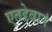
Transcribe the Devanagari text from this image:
एतद्देवानं